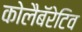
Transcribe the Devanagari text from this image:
कोलैबॅरेटिव